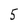
Character: 5